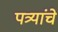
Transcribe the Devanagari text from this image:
पत्र्यांचे